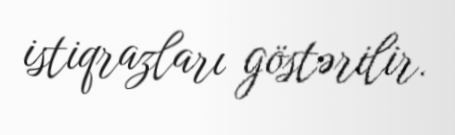
istiqrazları göstərilir.